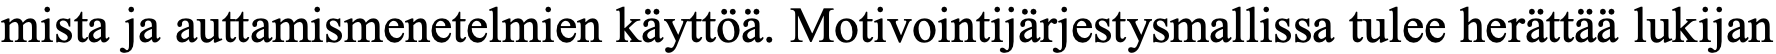
mista ja auttamismenetelmien käyttöä. Motivointijärjestysmallissa tulee herättää lukijan